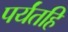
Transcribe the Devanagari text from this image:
पर्यंतहि